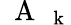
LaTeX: \mathrm{~\mathbf~A~}_{\mathrm{~\mathbf~k~}}